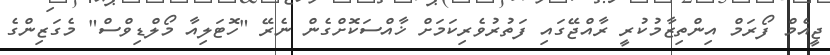
ޖީއެމް ފޯރަމް އިންތިޒާމުކުރީ ރާއްޖޭގައި ފަތުރުވެރިކަމަށް ޚާއްސަކޮށްގެން ނެރޭ "ހޮޓަލިއާ މޯލްޑިވްސް" މެގަޒިންގެ